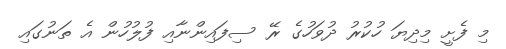
މި ފެށީ މިދިޔަ ހުކުރު ދުވަހުގެ ރޭ ސިފައިންނާއި ފުލުހުން އެ ތަނުގައި